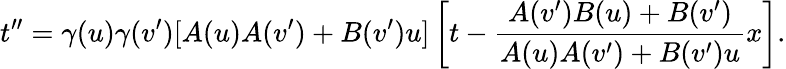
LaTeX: t^{\prime\prime}=\gamma(u)\gamma(v^{\prime})[A(u)A(v^{\prime})+B(v^{\prime})u]\left[t-\frac{A(v^{\prime})B(u)+B(v^{\prime})}{A(u)A(v^{\prime})+B(v^{\prime})u}x\right].